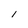
Character: 1